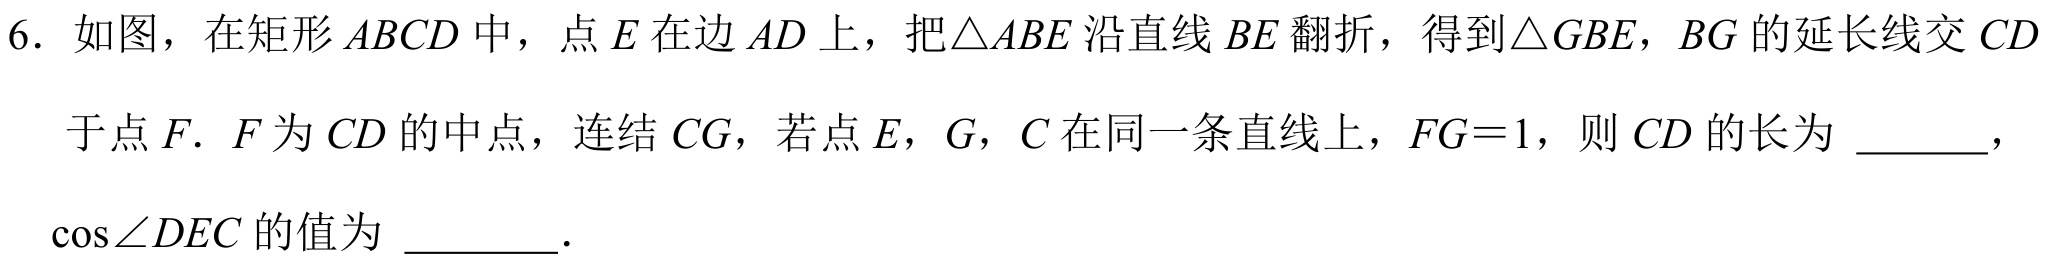
6. 如图，在矩形\(ABCD\)中，点\(E\)在边\(AD\)上，把\(\triangle ABE\)沿直线\(BE\)翻折，得到\(\triangle GBE\)，\(BG\)的延长线交\(CD\)于点\(F\). \(F\)为\(CD\)的中点，连结\(CG\)，若点\(E\)，\(G\)，\(C\)在同一条直线上，\(FG = 1\)，则\(CD\)的长为 \_\_\_\_，\(\cos\angle DEC\)的值为 \_\_\_\_\_。